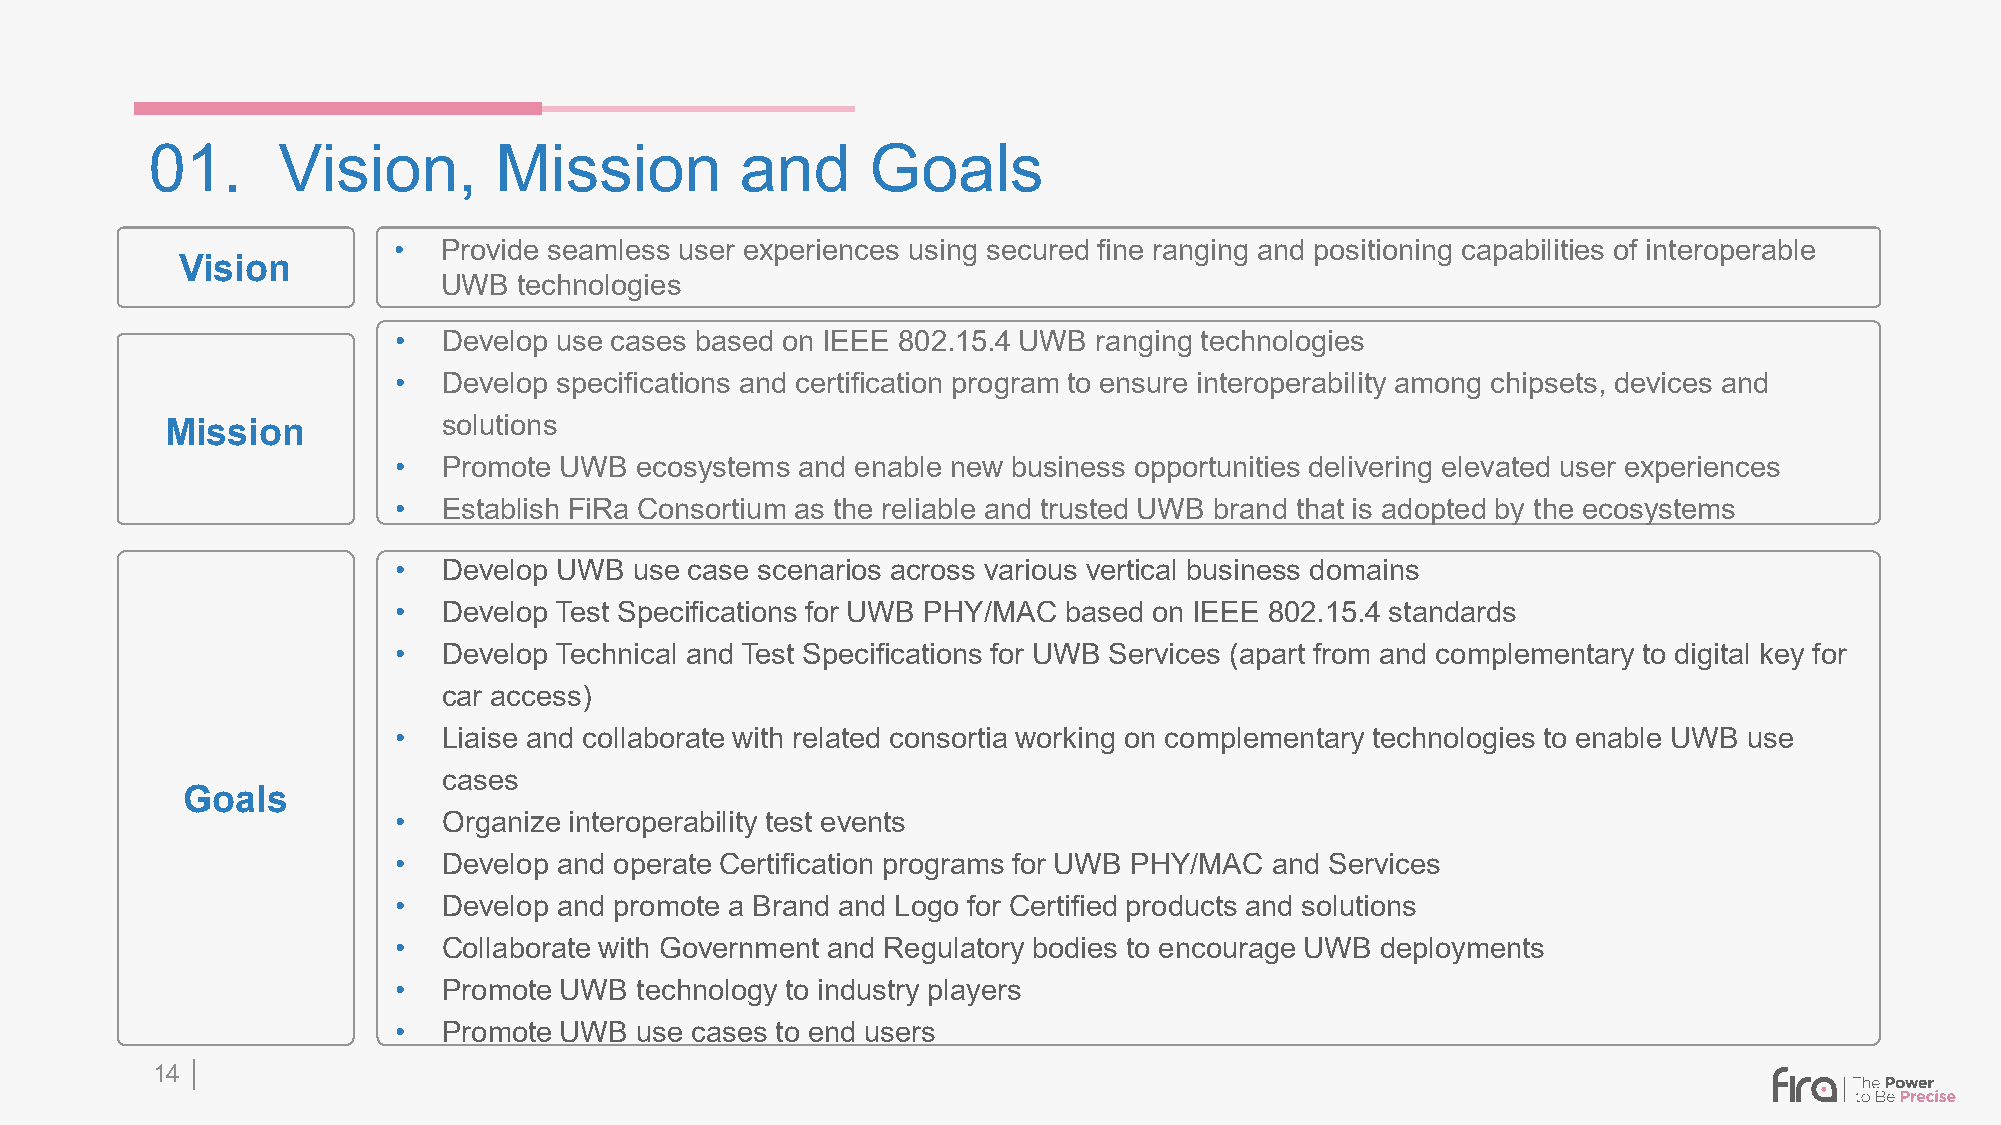
01.     Vision,        Mission         and      Goals
 •  Provide seamless user experiences using secured fine ranging and positioning capabilities of interoperable
 Vision
 UWB  technologies
 •  Develop use cases based on IEEE 802.15.4 UWB ranging technologies
 •  Develop specifications and certification program to ensure interoperability among chipsets, devices and
 solutions
 Mission
 •  Promote UWB  ecosystems and enable new business opportunities delivering elevated user experiences
 •  Establish FiRa Consortium as the reliable and trusted UWB brand that is adopted by the ecosystems
 •  Develop UWB  use case scenarios across various vertical business domains
 •  Develop Test Specifications for UWB PHY/MAC based on IEEE 802.15.4 standards
 •  Develop Technical and Test Specifications for UWB Services (apart from and complementary to digital key for
 car access)
 •  Liaise and collaborate with related consortia working on complementary technologies to enable UWB use
 cases
 Goals
 •  Organize interoperability test events
 •  Develop and operate Certification programs for UWB PHY/MAC and Services
 •  Develop and promote a Brand and Logo for Certified products and solutions
 •  Collaborate with Government and Regulatory bodies to encourage UWB deployments
 •  Promote UWB  technology to industry players
 •  Promote UWB  use cases to end users
 14 │